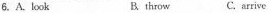
6.A.look B. throw c.arrive